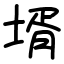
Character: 壻